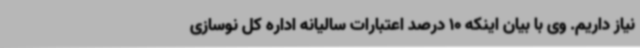
نیاز داریم. وی با بیان اینکه 10 درصد اعتبارات سالیانه اداره کل نوسازی